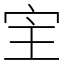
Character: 宔